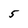
Character: 5